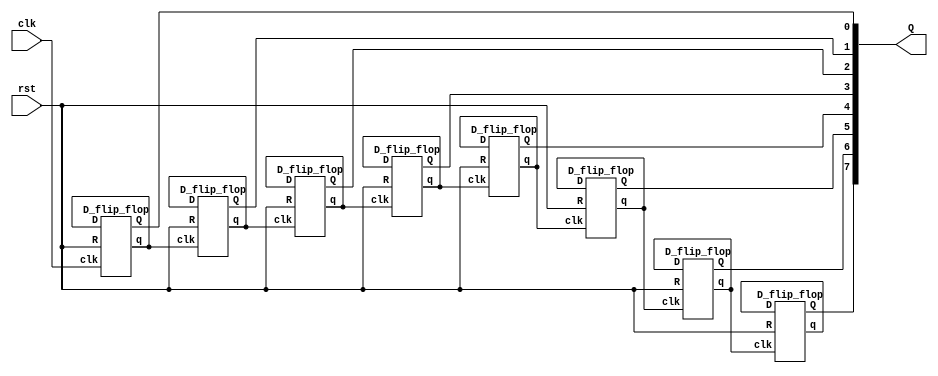
`timescale 1ns / 1ps
//////////////////////////////////////////////////////////////////////////////////
// Company: 
// Engineer: 
// 
// Design Name: 
// Module Name:    CounterUsingDFF 
// Project Name: 
// Target Devices: 
// Tool versions: 
// Description: 
//
// Dependencies: 
//
// Revision: 
// Revision 0.01 - File Created
// Additional Comments: 
//
//////////////////////////////////////////////////////////////////////////////////
module CounterUsingDFF(
    input clk,
    input rst,
    output [7:0] Q
    );

 wire [7:0] q_bar;
		
		
		D_flip_flop T1(q_bar[0],clk,rst,Q[0],q_bar[0]);
		D_flip_flop T2(q_bar[1],q_bar[0],rst,Q[1],q_bar[1]);
		D_flip_flop T3(q_bar[2],q_bar[1],rst,Q[2],q_bar[2]);
		D_flip_flop T4(q_bar[3],q_bar[2],rst,Q[3],q_bar[3]);
		D_flip_flop T5(q_bar[4],q_bar[3],rst,Q[4],q_bar[4]);
		D_flip_flop T6(q_bar[5],q_bar[4],rst,Q[5],q_bar[5]);
		D_flip_flop T7(q_bar[6],q_bar[5],rst,Q[6],q_bar[6]);
		D_flip_flop T8(q_bar[7],q_bar[6],rst,Q[7],q_bar[7]);

endmodule

module D_flip_flop(
    input D,
    input clk ,
    input R,
    output reg Q,
    output reg q
    );
	 
	 always @(posedge clk)
	 if(R)begin
	 	Q = 1'b0;
	 	q = 1'b1;
	 	end
	 else	 begin
	 	Q = D;
	 	q = ~D;
	 	end


endmodule